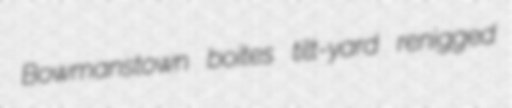
Bowmanstown boites tilt-yard renigged